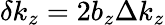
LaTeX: \delta k_{z}=2b_{z}\Delta k_{z}